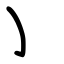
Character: ㇁